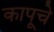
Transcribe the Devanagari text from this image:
कापूचे